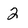
Character: 2